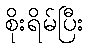
စိုးရိမ်ပြီး